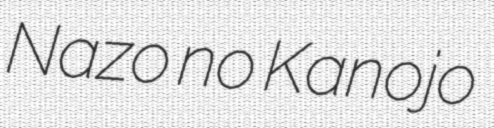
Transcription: Nazo no Kanojo